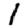
Digit: 1